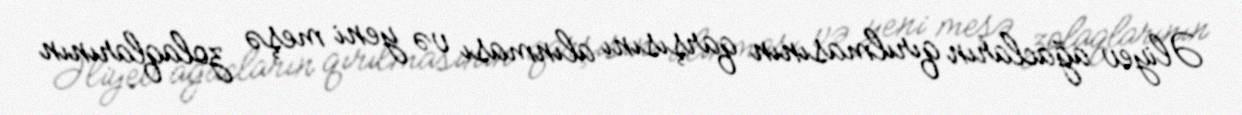
Əliyev ağacların qırılmasının qarşısını alınması və yeni meşə zolaqlarının